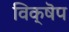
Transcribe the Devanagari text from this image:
विक्षॆप